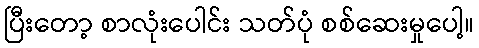
ပြီးတော့ စာလုံးပေါင်း သတ်ပုံ စစ်ဆေးမှုပေါ့။